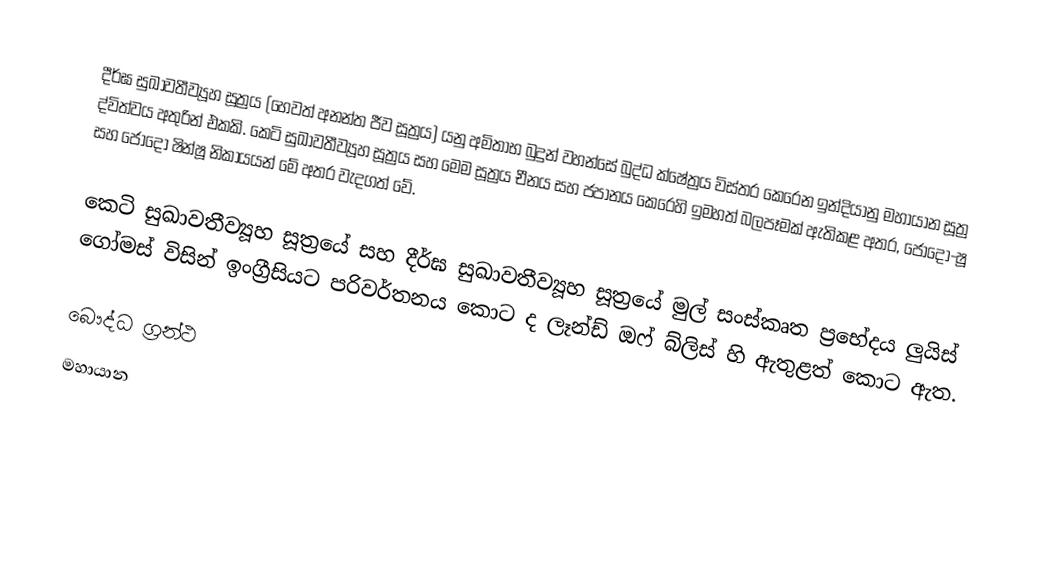
දීර්ඝ සුඛාවතීව්‍යූහ සූත්‍රය (හෙවත් අනන්ත ජීව සූත්‍රය) යනු අමිතාභ බුදුන් වහන්සේ බුද්ධ ක්ෂේත්‍රය විස්තර කෙරෙන ඉන්දියානු මහායාන සූත්‍ර ද්විත්වය අතුරින් එකකි. කෙටි සුඛාවතීව්‍යූහ සූත්‍රය සහ මෙම සූත්‍රය චීනය සහ ජපානය කෙරෙහි ඉමහත් බලපෑමක් ඇතිකළ අතර, ජෝදො-ෂූ සහ ජෝදො ෂින්ෂූ නිකායයන් මේ අතර වැදගත් වේ.

කෙටි සුඛාවතීව්‍යූහ සූත්‍රයේ සහ දීර්ඝ සුඛාවතීව්‍යූහ සූත්‍රයේ මුල් සංස්කෘත ප්‍රභේදය ලුයිස් ගෝමස් විසින් ඉංග්‍රීසියට පරිවර්තනය කොට ද ලෑන්ඩ් ඔෆ් බ්ලිස් හි ඇතුළත් කොට ඇත.

බෞද්ධ ග්‍රන්ථ
මහායාන